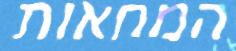
המחאות